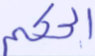
الحكم